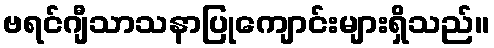
ဗရင်ဂျီသာသနာပြုကျောင်းများရှိသည်။